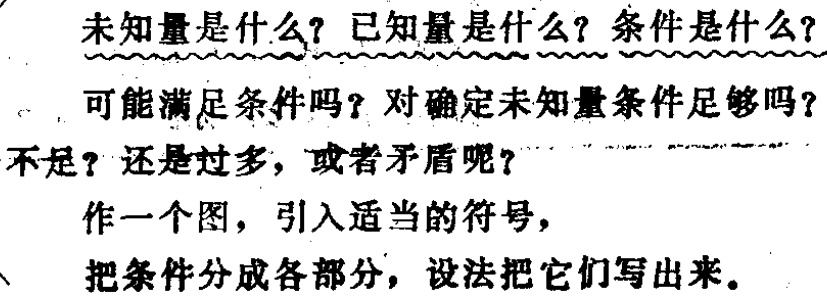
未知量是什么？已知量是什么？条件是什么？

可能满足条件吗？对确定未知量条件足够吗？

不足？还是过多，或者矛盾呢？

作一个图，引入适当的符号，

把条件分成各部分，设法把它们写出来。